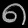
Digit: ၈